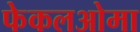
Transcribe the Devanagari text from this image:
फेकलओमा